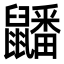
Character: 𪖇